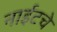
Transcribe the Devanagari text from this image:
नाईटचे